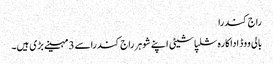
راج کندرا
بالی ووڈ اداکارہ شلپاشیٹی اپنے شوہر راج کندراسے 3مہینے بڑی ہیں۔